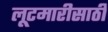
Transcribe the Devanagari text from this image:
लूटमारीसाठी